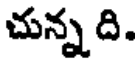
చున్న ది.